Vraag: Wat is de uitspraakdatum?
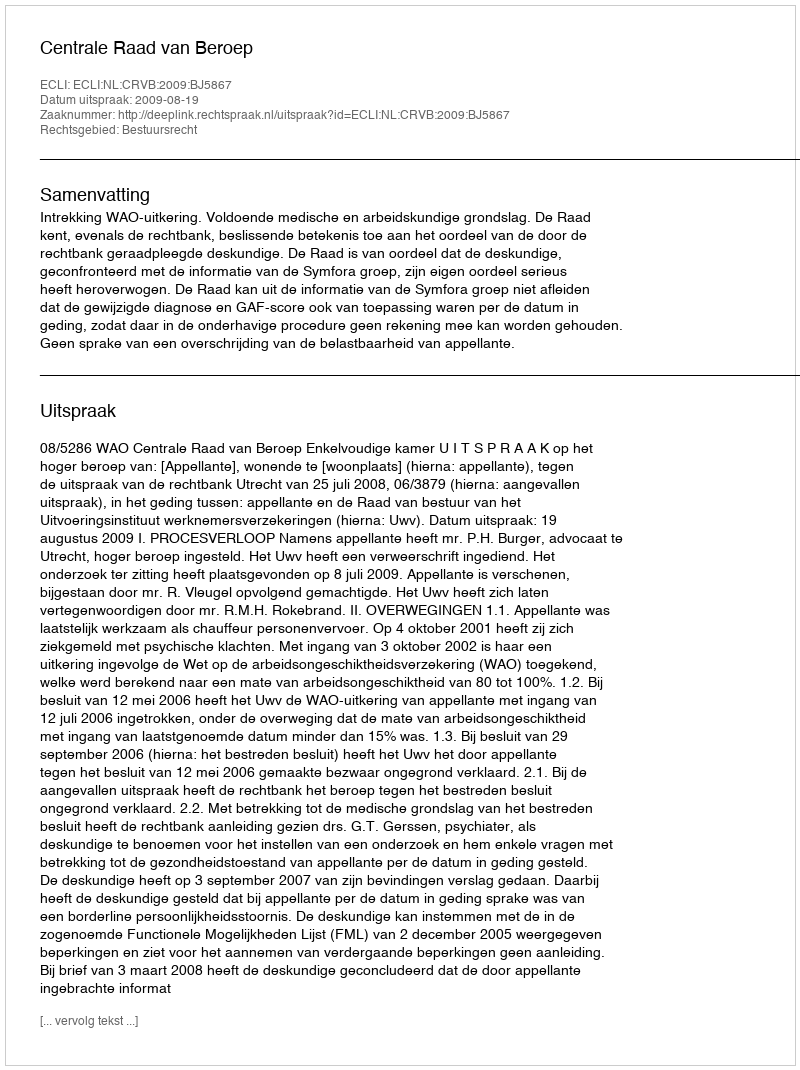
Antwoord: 2009-08-19